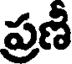
ప్రణీ